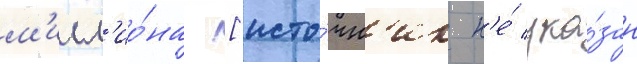
м'илл'ио́на [исто́чн'ик н'е́ ука́зан